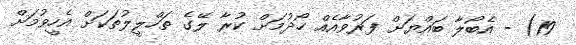
19) - އެބޯލާ ބައްޔަށް ފަރުވާއެއް ހޯދުމަށް ކުރާ ލޭގެ ތަހްލީލުތަކަށް އެހީވުމަށް